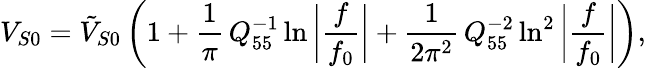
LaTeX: V_{S0}=\tilde{V}_{S0}\left(1+\frac{1}{\pi}\, Q_{55}^{-1}\ln{\bigg|\frac{f}{f_{0}}\bigg|}+\frac{1}{2\pi^{2}}\, Q_{55}^{-2}\ln^{2}{\bigg|\frac{f}{f_{0}}\bigg|}\right),